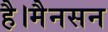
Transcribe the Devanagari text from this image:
है।मैनसन